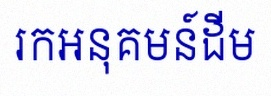
រកអនុគមន៍ដើម